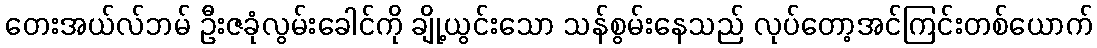
တေးအယ်လ်ဘမ် ဦးဇခုံလွမ်းခေါင်ကို ချို့ယွင်းသော သန်စွမ်းနေသည် လုပ်တော့အင်ကြင်းတစ်ယောက်